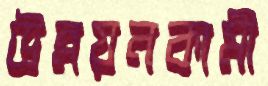
উন্নয়নকামী